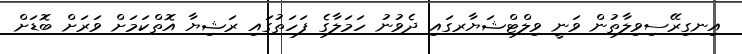
އިނގިރޭސިވިލާތުން ވަނީ ވިލްޓްޝަޔާރގައި ދެވުނު ހަމަލާގެ ފަހަތުގައި ރަޝިޔާ އޮތްކަމަށް ވަރަށް ބޮޑަށް